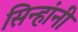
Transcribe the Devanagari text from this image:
सिन्हांनी